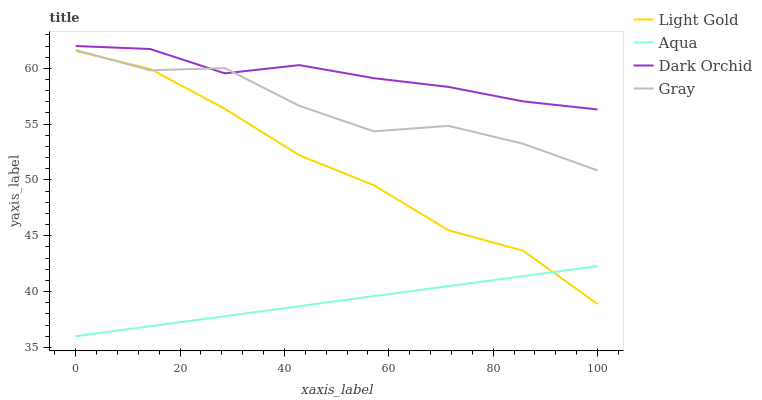
| xaxis_label | Light Gold | Aqua | Dark Orchid | Gray |
 | --- | --- | --- | --- | --- |
 | 0 | 61.5 | 36 | 62 | 61.6 |
 | 14.3 | 59.9 | 36.9 | 61.7 | 59.8 |
 | 28.6 | 56.4 | 37.8 | 59.5 | 60 |
 | 42.9 | 52.2 | 38.7 | 60.3 | 56.6 |
 | 57.1 | 49.5 | 39.6 | 59.1 | 54.4 |
 | 71.4 | 45.5 | 40.5 | 58.3 | 54.8 |
 | 85.7 | 43.7 | 41.4 | 57 | 53.2 |
 | 100 | 38.9 | 42.3 | 56.3 | 50.9 |